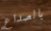
بالصداع